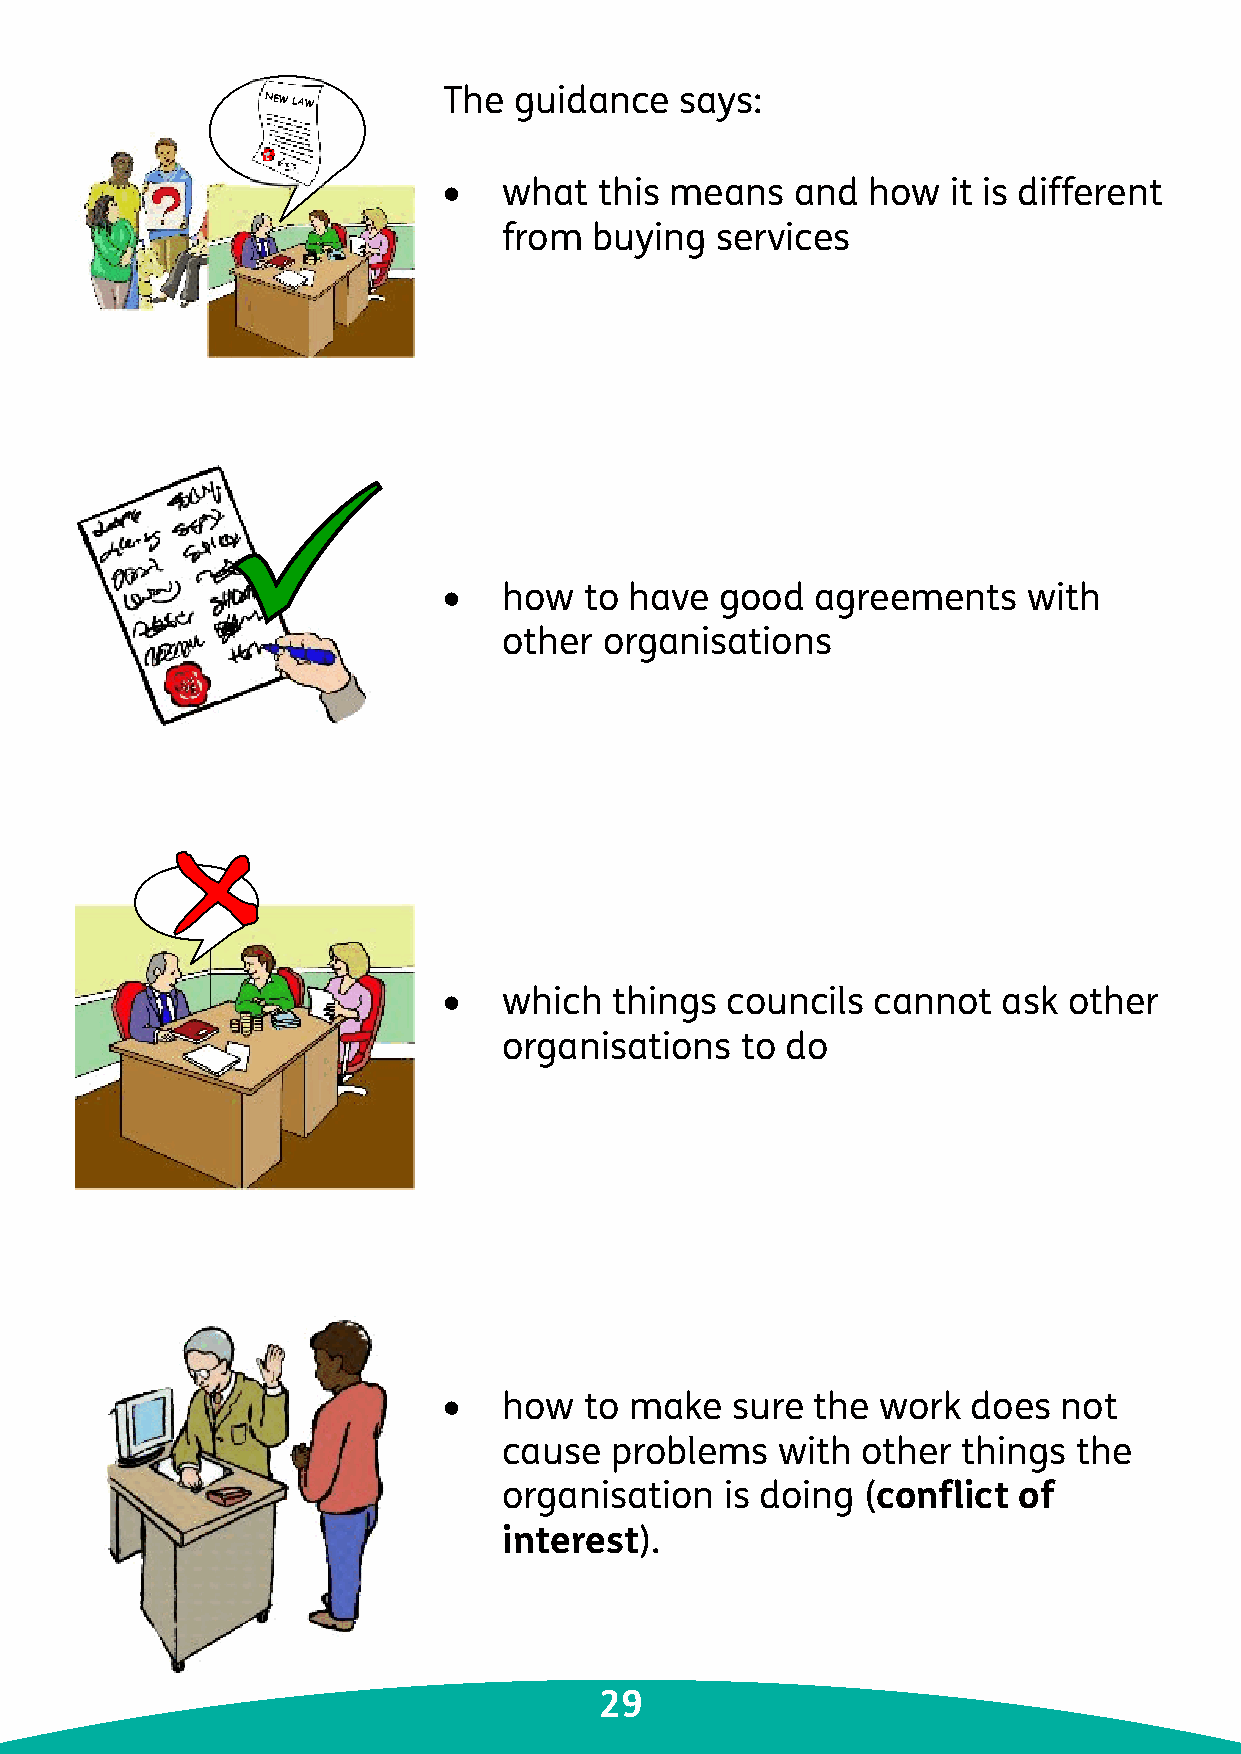
The  guidance   says:
 NEW LAW
 •   what   this means   and how   it is different
 from  buying  services
 •   how   to have  good  agreements    with
 other  organisations
 •   which  things  councils  cannot  ask  other
 organisations   to do
 •   how   to make  sure  the work  does  not
 cause  problems   with  other  things the
 organisation   is doing (conflict of
 interest).
 29